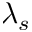
\lambda _ { s }